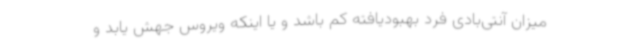
میزان آنتی‌بادی فرد بهبودیافته کم باشد و یا اینکه ویروس جهش یابد و